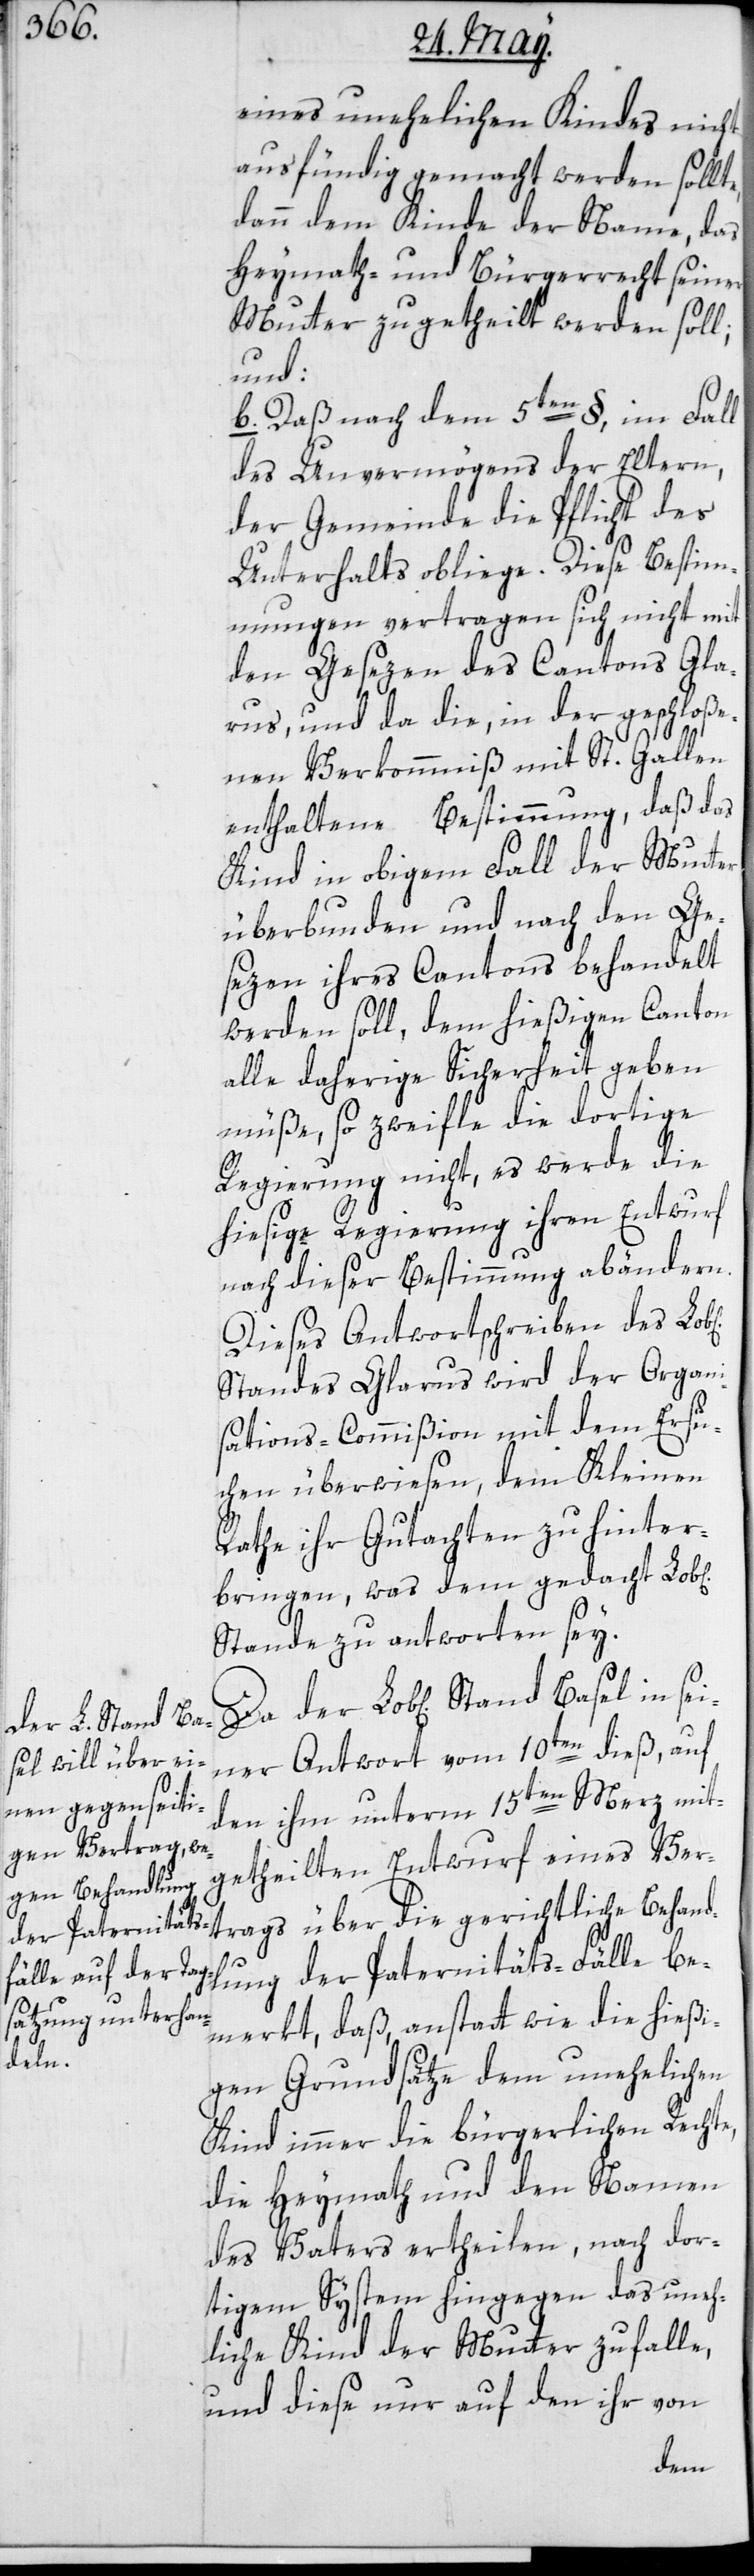
eines unehelichen Kindes nicht
ausfündig gemacht werden sollte,
dann dem Kinde der Name, das
Heymath- und Bürgerrecht seiner
Mutter zugetheilt werden soll;
und
b. Daß nach dem 5ten §, im Fall
des Unvermögens der Eltern,
der Gemeinde die Pflicht des
Unterhalts obliege. Diese Bestim¬
mungen vertragen sich nicht mit
den Gesezen des Cantons Gla¬
rus, und da die, in der geschloße¬
nen Verkommniß mit St. Gallen
enthaltene Bestimmung, daß das
Kind in obigem Fall der Mutter
überbunden und nach den Ge¬
sezen ihres Cantons behandelt
werden soll, dem hießigen Canton
alle daherige Sicherheit geben
müße, so zweifle die dortige
Regierung nicht, es werde die
hießige Regierung ihren Entwurf
nach dieser Bestimmung abändern.
Dieses Antwortschreiben des Lob[l¬
Standes Glarus wird der Organi¬
sations-Commißion mit dem Ersu¬
chen überwiesen, dem Kleinen
Rathe ihr Gutachten zu hinter¬
bringen, was dem gedacht Lob[l¬
Stande zu antworten sey.
ner Antwort vom 10ten dieß, auf
den ihm unterm 15ten Merz mit¬
getheilten Entwurf eines Ver¬
dlung der Paternitätsfälle be¬
merkt, daß, anstatt wie die hießi¬
Behan¬
gen Grundsätze dem unehelichen
Kind immer die bürgerlichen Rechte,
die Heymath und den Namen
des Vaters ertheilen, nach dor¬
tigem System hingegen das uneh¬
liche Kind der Mutter zufalle,
und diese nur auf den ihr von
der